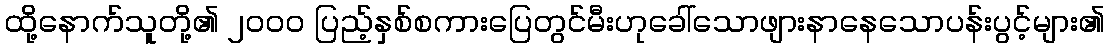
ထို့နောက်သူတို့၏ ၂၀၀၀ ပြည့်နှစ်စကားပြေတွင်မီးဟုခေါ်သောဖျားနာနေသောပန်းပွင့်များ၏